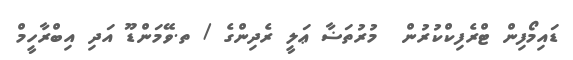
ޑައިމޯފިން ޓްރެފިކްކުރުން  މުރުތަޟާ ޢަލީ ރެދިންގެ / ތ.ވޭމަންޑޫ އަދި އިބްރާހީމް